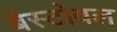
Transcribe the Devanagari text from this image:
बेस्टोवल